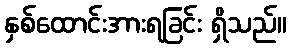
နှစ်ထောင်းအားရခြင်း ရှိသည်။